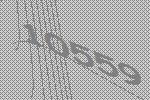
10559